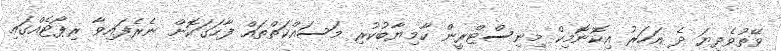
ވޭތުވެދިޔަ ދެ އަހަރު އިކޮނޮމިކް މިނިސްޓްރީން ކާމިޔާބުކުރި މަސައްކަތްތައް ފާހަގަކޮށް ނެރެފައިވާ ރިޕޯޓެއްގައި